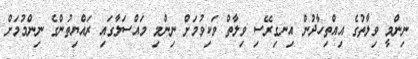
ނިންމީ ވިލާތުގެ އިއްތިހާދުން އިނގިރޭސި ވިލާތް ވަކިވުމަށް ނިންމި މައްސަލާގައި ރައްޔިތުންގެ ނިންމުމަށް